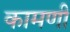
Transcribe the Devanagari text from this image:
कामणी